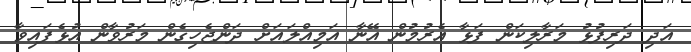
އަދި ދަރިފުޅު މަރާލިކަން ފަޅާ އެރުމުން އޭނާ އަމިއްލައަށް ދަންޖެހިގެން މަރުވާން އުޅެފައިވާ